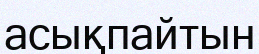
асықпайтын